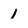
Character: 1